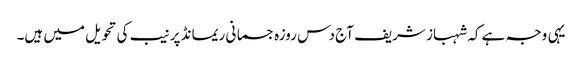
یہی وجہ ہے کہ شہباز شریف آج دس روزہ جسمانی ریمانڈ پر نیب کی تحویل میں ہیں۔